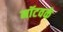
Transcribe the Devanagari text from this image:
नॉटवर्क